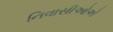
નિવાસીઓએ